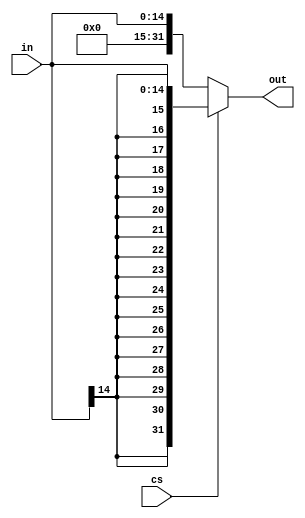
module ConstantUnit(
    input[14:0] in,
    input cs,
    output reg[31:0] out
);

    always @(*) begin
        if (cs == 1'b0) begin
            out = { 17'b0, in[14:0] };
        end else begin
            out = {
                in[14],
                in[14],
                in[14],
                in[14],
                in[14],
                in[14],
                in[14],
                in[14],
                in[14],
                in[14],
                in[14],
                in[14],
                in[14],
                in[14],
                in[14],
                in[14],
                in[14],
                in[14:0]
            };
        end
    end
endmodule